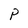
Character: P